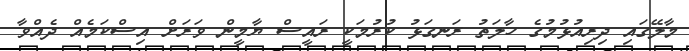
މާލޭގައި ދިރިއުޅުމުގެ ހާލަތު ރަނގަޅު ކުރުމަކީ ރައީސް ޔާމީން ވަރަށް އިސްކަމެއް ދެއްވާ